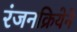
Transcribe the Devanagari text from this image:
रंजनक्रियेने